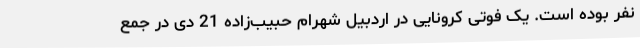
نفر بوده است. یک فوتی کرونایی در اردبیل شهرام حبیب‌زاده 21 دی در جمع